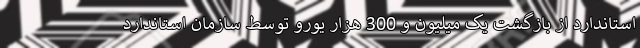
استاندارد از بازگشت یک میلیون و 300 هزار یورو توسط سازمان استاندارد